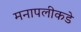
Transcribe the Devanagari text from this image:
मनापलीकडे